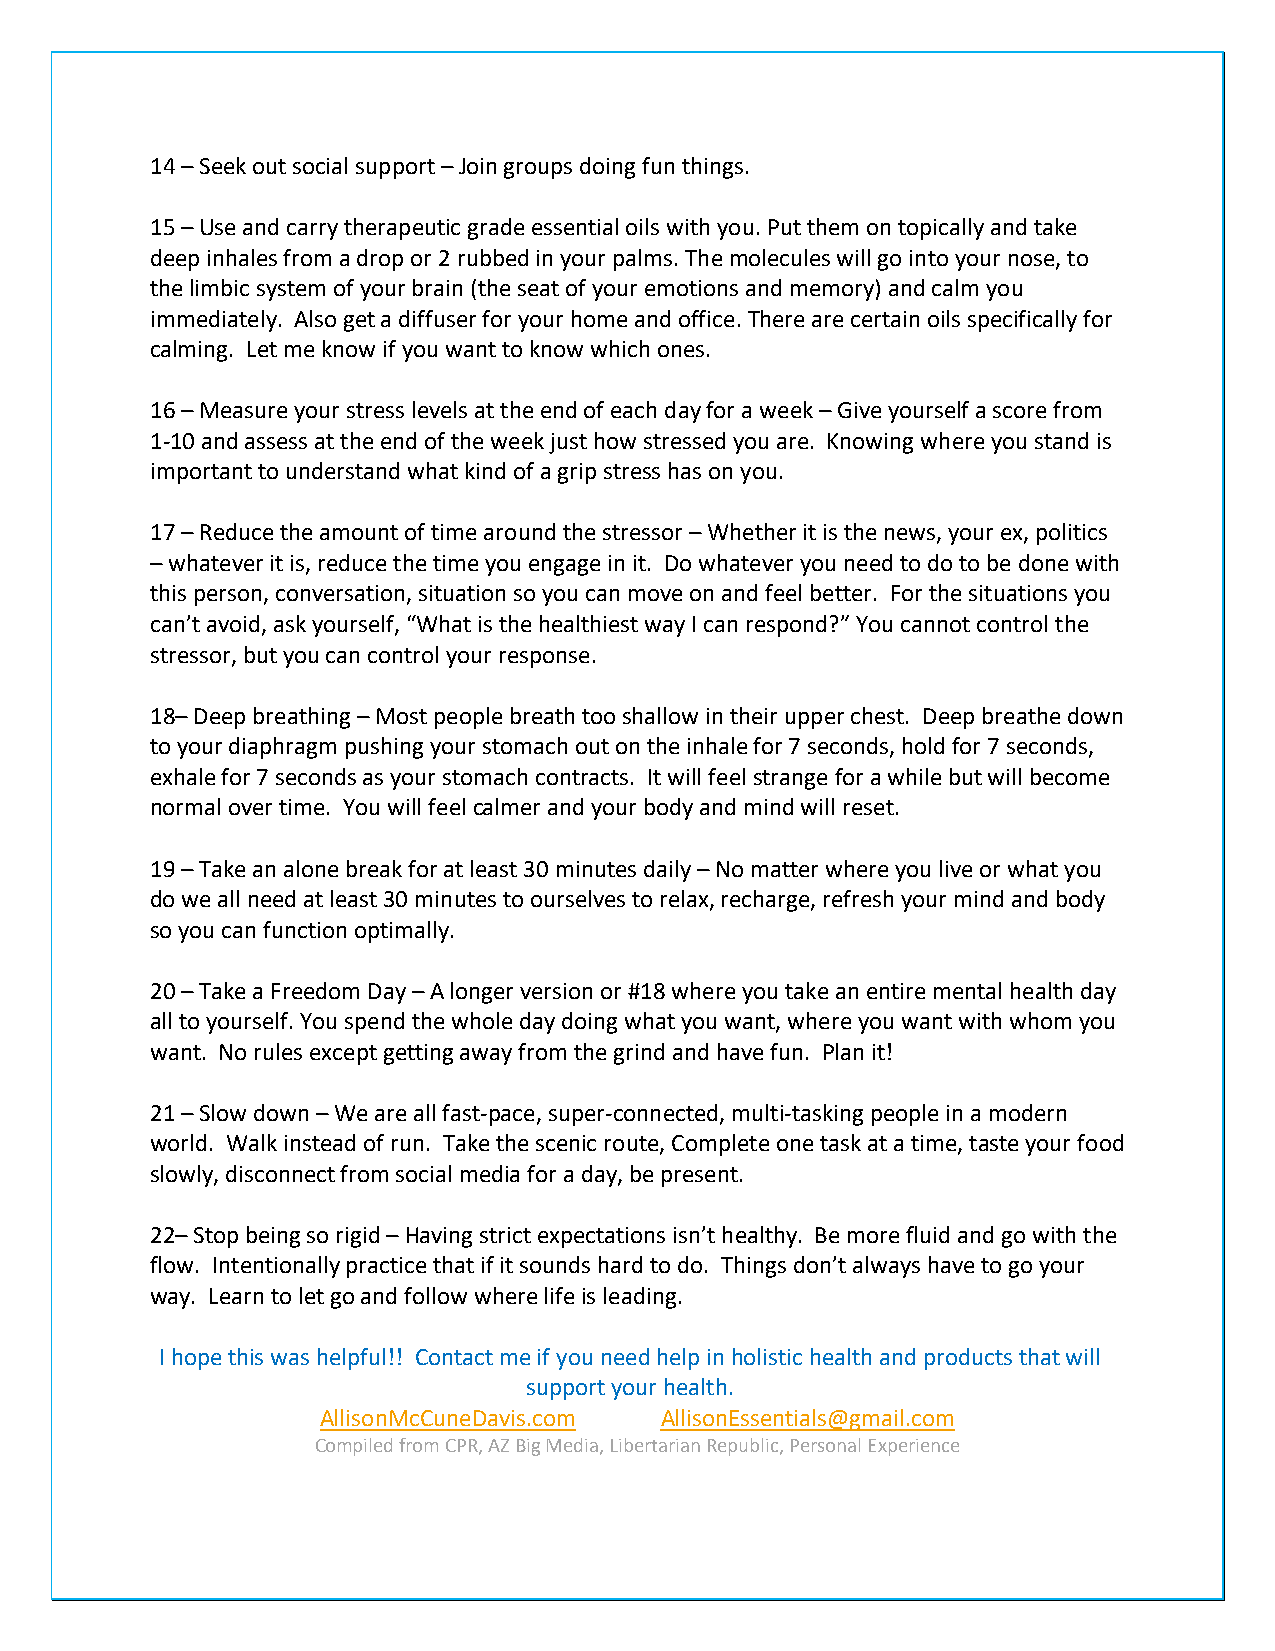
14 – Seek out social support – Join groups doing fun things.
 15 – Use and carry therapeutic grade essential oils with you. Put them on topically and take
 deep inhales from a drop or 2 rubbed in your palms. The molecules will go into your nose, to
 the limbic system of your brain (the seat of your emotions and memory) and calm you
 immediately. Also get a diffuser for your home and office. There are certain oils specifically for
 calming. Let me know if you want to know which ones.
 16 – Measure your stress levels at the end of each day for a week – Give yourself a score from
 1-10 and assess at the end of the week just how stressed you are. Knowing where you stand is
 important to understand what kind of a grip stress has on you.
 17 – Reduce the amount of time around the stressor – Whether it is the news, your ex, politics
 – whatever it is, reduce the time you engage in it. Do whatever you need to do to be done with
 this person, conversation, situation so you can move on and feel better. For the situations you
 can’t avoid, ask yourself, “What is the healthiest way I can respond?” You cannot control the
 stressor, but you can control your response.
 18– Deep breathing – Most people breath too shallow in their upper chest. Deep breathe down
 to your diaphragm pushing your stomach out on the inhale for 7 seconds, hold for 7 seconds,
 exhale for 7 seconds as your stomach contracts. It will feel strange for a while but will become
 normal over time. You will feel calmer and your body and mind will reset.
 19 – Take an alone break for at least 30 minutes daily – No matter where you live or what you
 do we all need at least 30 minutes to ourselves to relax, recharge, refresh your mind and body
 so you can function optimally.
 20 – Take a Freedom Day – A longer version or #18 where you take an entire mental health day
 all to yourself. You spend the whole day doing what you want, where you want with whom you
 want. No rules except getting away from the grind and have fun. Plan it!
 21 – Slow down – We are all fast-pace, super-connected, multi-tasking people in a modern
 world. Walk instead of run. Take the scenic route, Complete one task at a time, taste your food
 slowly, disconnect from social media for a day, be present.
 22– Stop being so rigid – Having strict expectations isn’t healthy. Be more fluid and go with the
 flow. Intentionally practice that if it sounds hard to do. Things don’t always have to go your
 way. Learn to let go and follow where life is leading.
 I hope this was helpful!! Contact me if you need help in holistic health and products that will
 support your health.
 AllisonMcCuneDavis.com AllisonEssentials@gmail.com
 Compiled from CPR, AZ Big Media, Libertarian Republic, Personal Experience